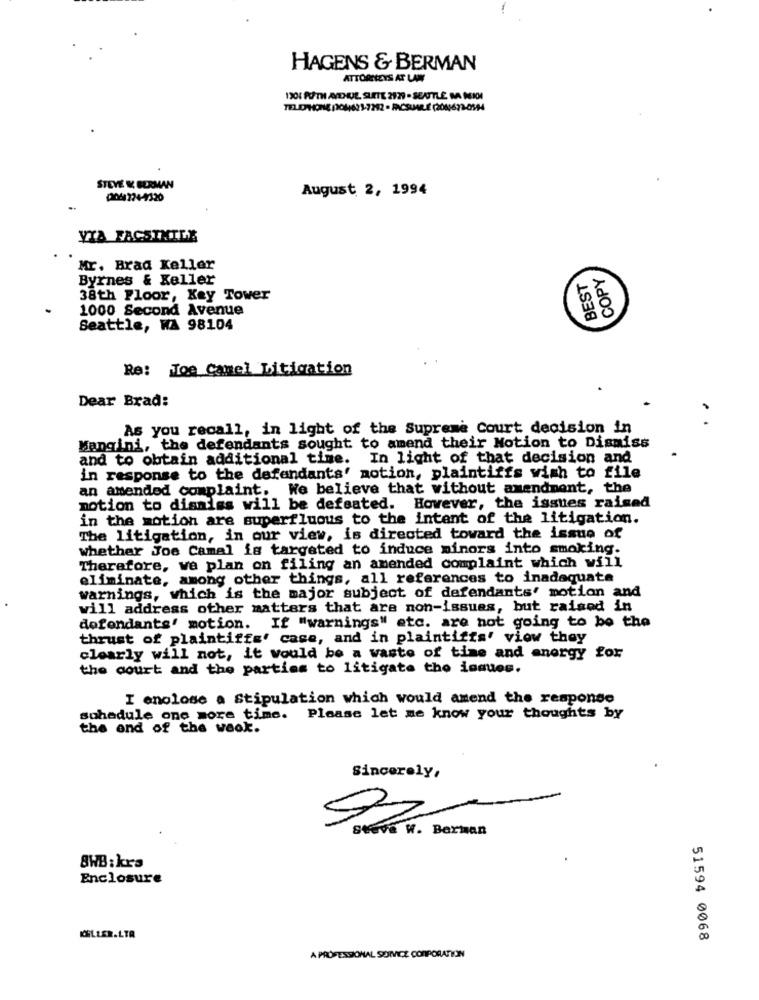
HAGENS & BERMAN
ATTORNEYS AT LAW
1301 PUTH ANDHUL. SLETE 2179 - SEATTLE MA MIDI
TELEPHONE (081623-7292 - PRACSUAR.E (2080673-0544
STEVE K BERMAN
August 2, 1994
12048274-4320
VIA FACSIMILE
Mr. Brad Keller
COPY
Byrnes & Keller
BEST
38th Floor, Key Tower
1000 Second Avenue
Seattle, WA 98104
Re: Joe Camel Litigation
Dear Brad:
As you recall, in light of the Supreme Court decision in
Mangini, the defendants sought to amend their Motion to Dismiss
and to obtain additional time. In light of that decision and
in response to the defendants' motion, plaintiffs wish to file
an amended complaint. We believe that without amendment, the
motion to dismiss will be defeated. However, the issues raised
in the motion are superfluous to the intent of the litigation.
The litigation, in our view, is directed toward the issue of
whether Joe Camal is targeted to induce minors into smoking.
Therefore, we plan on filing an amended complaint which will
eliminate, among other things, all references to inadequate
warnings, which is the major subject of defendants' motion and
will address other matters that are non-issues, but raised in
defendants' motion. If "warnings" etc. are not going to be the
thrust of plaintiffs' case, and in plaintiffs' view they
clearly will not, it would be a waste of time and energy for
the court and the parties to litigate tho issues.
I enclose a Stipulation which would amend the response
sohedule one more time.
Please let me know your thoughts by
the end of the week.
Sincerely,
Seeva W. Berman
8WB:krs
Enclosure
51594 0068
A PROFESSIONAL SERVICE CORPORATION